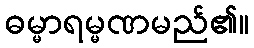
ဓမ္မာရမ္မဏမည်၏။